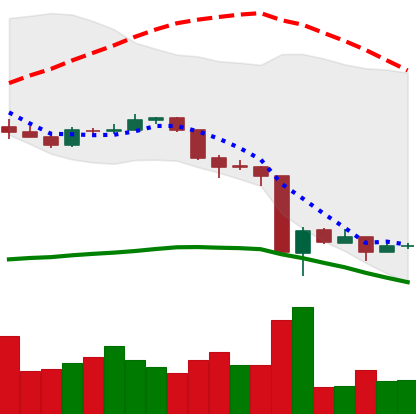
Ticker: ADA-USD
Chart end date: 2020-03-18
Forward return: 14.785%
Label: up_7plus